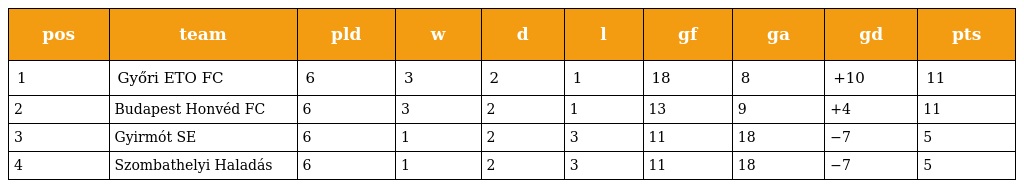
| pos | team | pld | w | d | l | gf | ga | gd | pts |
 | --- | --- | --- | --- | --- | --- | --- | --- | --- | --- |
 | 1 | Győri ETO FC | 6 | 3 | 2 | 1 | 18 | 8 | +10 | 11 |
 | 2 | Budapest Honvéd FC | 6 | 3 | 2 | 1 | 13 | 9 | +4 | 11 |
 | 3 | Gyirmót SE | 6 | 1 | 2 | 3 | 11 | 18 | −7 | 5 |
 | 4 | Szombathelyi Haladás | 6 | 1 | 2 | 3 | 11 | 18 | −7 | 5 |